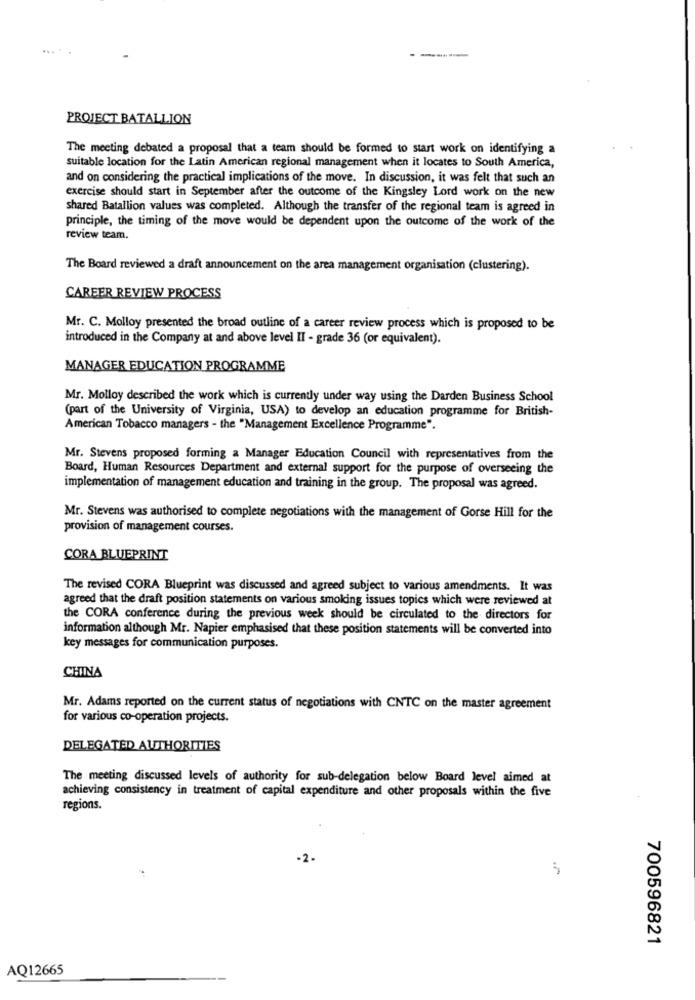
-------
PROJECT BATALLION
The meeting debated a proposal that a team should be formed to start work on identifying a
suitable location for the Latin American regional management when it locates to South America,
and on considering the practical implications of the move. In discussion, it was felt that such an
exercise should start in September after the outcome of the Kingsley Lord work on the new
shared Batallion values was completed. Although the transfer of the regional team is agreed in
principle, the timing of the move would be dependent upon the outcome of the work of the
review team.
The Board reviewed a draft announcement on the area management organisation (clustering).
CAREER REVIEW PROCESS
Mr. C. Molloy presented the broad outline of a career review process which is proposed to be
introduced in the Company at and above level II - grade 36 (or equivalent).
MANAGER EDUCATION PROGRAMME
Mr. Molloy described the work which is currently under way using the Darden Business School
(part of the University of Virginia, USA) to develop an education programme for British-
American Tobacco managers - the "Management Excellence Programme".
Mr. Stevens proposed forming a Manager Education Council with representatives from the
Board, Human Resources Department and external support for the purpose of overseeing the
implementation of management education and training in the group. The proposal was agreed.
Mr. Stevens was authorised to complete negotiations with the management of Gorse Hill for the
provision of management courses.
CORA BLUEPRINT
The revised CORA Blueprint was discussed and agreed subject to various amendments. It was
agreed that the draft position statements on various smoking issues topics which were reviewed at
the CORA conference during the previous week should be circulated to the directors for
information although Mr. Napier emphasised that these position statements will be converted into
key messages for communication purposes.
CHINA
Mr. Adams reported on the current status of negotiations with CNTC on the master agreement
for various co-operation projects.
DELEGATED AUTHORITIES
The meeting discussed levels of authority for sub-delegation below Board level aimed at
achieving consistency in treatment of capital expenditure and other proposals within the five
regions.
-2.
700596821
AQ12665